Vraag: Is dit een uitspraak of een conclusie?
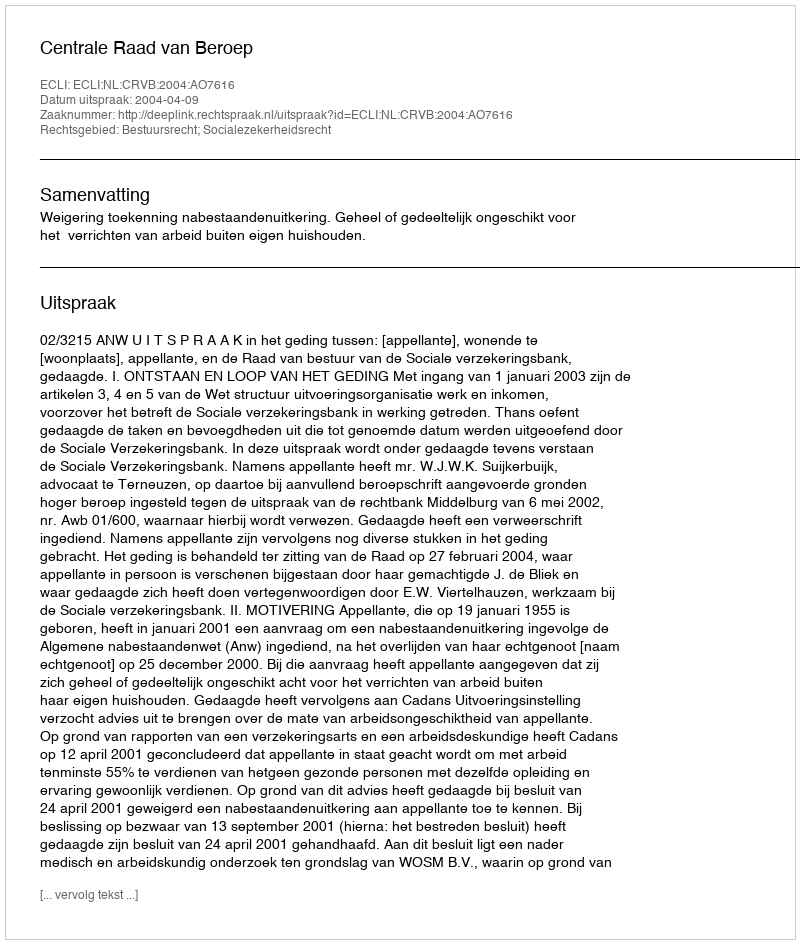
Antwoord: Uitspraak